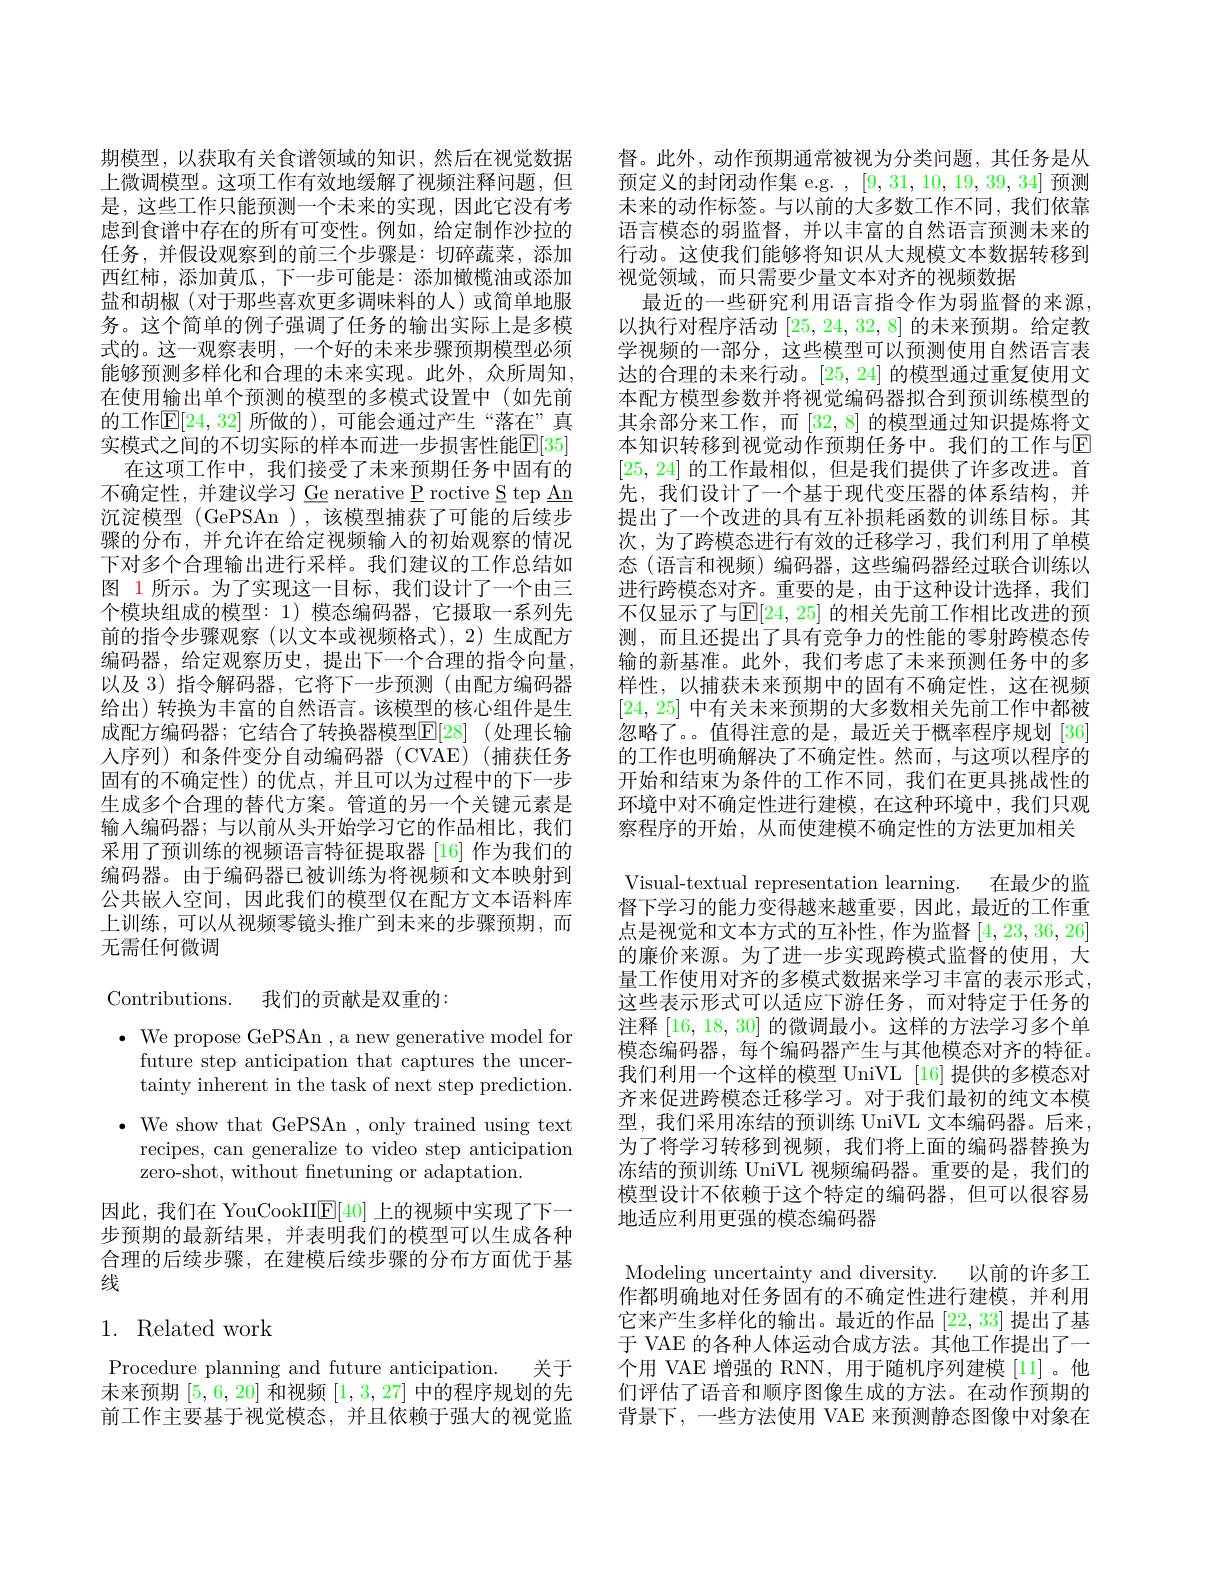
期模型，以获取有关食谱领域的知识，然后在视觉数据上微调模型。这项工作有效地缓解了视频注释问题，但是，这些工作只能预测一个未来的实现，因此它没有考虑到食谱中存在的所有可变性。例如，给定制作沙拉的任务，并假设观察到的前三个步骤是：切碎蔬菜，添加西红柿，添加黄瓜，下一步可能是：添加橄榄油或添加盐和胡椒(对于那些喜欢更多调味料的人)或简单地服务。这个简单的例子强调了任务的输出实际上是多模式的。这一观察表明，一个好的未来步骤预期模型必须能够预测多样化和合理的未来实现。此外，众所周知， 在使用输出单个预测的模型的多模式设置中(如先前的工作$\mathbb{E}[24,32]$ 所做的),可能会通过产生“落在”真实模式之间的不切实际的样本而进一步损害性能$\mathbb{E}[35]$
在这项工作中，我们接受了未来预期任务中固有的不确定性，并建议学习 Ge nerative P roctive S tep $\underline{\mathrm{An}}$ 沉淀模型 (GePSAn ),该模型捕获了可能的后续步骤的分布，并允许在给定视频输入的初始观察的情况下对多个合理输出进行采样。我们建议的工作总结如图 1 所示。为了实现这一目标，我们设计了一个由三个模块组成的模型：1) 模态编码器，它摄取一系列先前的指令步骤观察(以文本或视频格式),2)生成配方编码器，给定观察历史，提出下一个合理的指令向量， 以及 3) 指令解码器，它将下一步预测(由配方编码器给出) 转换为丰富的自然语言。该模型的核心组件是生成配方编码器；它结合了转换器模型|E|28| (处理长输人序列)和条件变分自动编码器(CVAE)(捕获任务固有的不确定性)的优点，并且可以为过程中的下一步生成多个合理的替代方案。管道的另一个关键元素是输入编码器；与以前从头开始学习它的作品相比，我们采用了预训练的视频语言特征提取器 [16] 作为我们的编码器。由于编码器已被训练为将视频和文本映射到公共嵌人空间，因此我们的模型仅在配方文本语料库上训练，可以从视频零镜头推广到未来的步骤预期，而无需任何微调

Contributions. 我们的贡献是双重的：

$\bullet$ We propose GePSAn , a new generative model for
future step anticipation that captures the uncertainty inherent in the task of next step prediction.
$\cdot$ We show that GePSAn , only trained using text
recipes, can generalize to video step anticipation
zero-shot, without finetuning or adaptation.

因此，我们在 YouCookII$\underline{\mathrm{E}}[40]$上的视频中实现了下一步预期的最新结果，并表明我们的模型可以生成各种合理的后续步骤，在建模后续步骤的分布方面优于基线

# 1. Related work

Procedure planning and future anticipation. 关于未来预期[5,6,20]和视频[1,3,27]中的程序规划的先前工作主要基于视觉模态，并且依赖于强大的视觉监

督。此外，动作预期通常被视为分类问题，其任务是从预定义的封闭动作集 e.g. ,[9,31,10,19,39,34]预测未来的动作标签。与以前的大多数工作不同，我们依靠语言模态的弱监督，并以丰富的自然语言预测未来的行动。这使我们能够将知识从大规模文本数据转移到视觉领域，而只需要少量文本对齐的视频数据
最近的一些研究利用语言指令作为弱监督的来源， 以执行对程序活动[25,24,32,8]的未来预期。给定教学视频的一部分，这些模型可以预测使用自然语言表达的合理的未来行动。[25,24]的模型通过重复使用文本配方模型参数并将视觉编码器拟合到预训练模型的其余部分来工作，而[32,8] 的模型通过知识提炼将文本知识转移到视觉动作预期任务中。我们的工作与E [25,24]的工作最相似，但是我们提供了许多改进。首先，我们设计了一个基于现代变压器的体系结构，并提出了一个改进的具有互补损耗函数的训练目标。其次，为了跨模态进行有效的迁移学习，我们利用了单模态 (语言和视频) 编码器，这些编码器经过联合训练以进行跨模态对齐。重要的是，由于这种设计选择，我们不仅显示了与$\mathbb{E}[24,25]$ 的相关先前工作相比改进的预测，而且还提出了具有竞争力的性能的零射跨模态传输的新基准。此外，我们考虑了未来预测任务中的多样性，以捕获未来预期中的固有不确定性，这在视频[24,25]中有关未来预期的大多数相关先前工作中都被忽略了。。值得注意的是，最近关于概率程序规划 [36] 的工作也明确解决了不确定性。然而，与这项以程序的开始和结束为条件的工作不同，我们在更具挑战性的环境中对不确定性进行建模，在这种环境中，我们只观察程序的开始，从而使建模不确定性的方法更加相关Visual-textual representation learning. 在最少的监督下学习的能力变得越来越重要，因此，最近的工作重点是视觉和文本方式的互补性，作为监督[4,23,36,26] 的廉价来源。为了进一步实现跨模式监督的使用，大量工作使用对齐的多模式数据来学习丰富的表示形式， 这些表示形式可以适应下游任务，而对特定于任务的注释[16,18,30]的微调最小。这样的方法学习多个单模态编码器，每个编码器产生与其他模态对齐的特征。我们利用一个这样的模型 UniVL [16]提供的多模态对齐来促进跨模态迁移学习。对于我们最初的纯文本模型，我们采用冻结的预训练 UniVL 文本编码器。后来， 为了将学习转移到视频，我们将上面的编码器替换为冻结的预训练 UniVL 视频编码器。重要的是，我们的模型设计不依赖于这个特定的编码器，但可以很容易地适应利用更强的模态编码器
Modeling uncertainty and diversity. 以前的许多工作都明确地对任务固有的不确定性进行建模，并利用它来产生多样化的输出。最近的作品[22,33]提出了基于 VAE 的各种人体运动合成方法。其他工作提出了一个用 VAE 增强的 RNN, 用于随机序列建模[11]。他们评估了语音和顺序图像生成的方法。在动作预期的背景下，一些方法使用 VAE 来预测静态图像中对象在